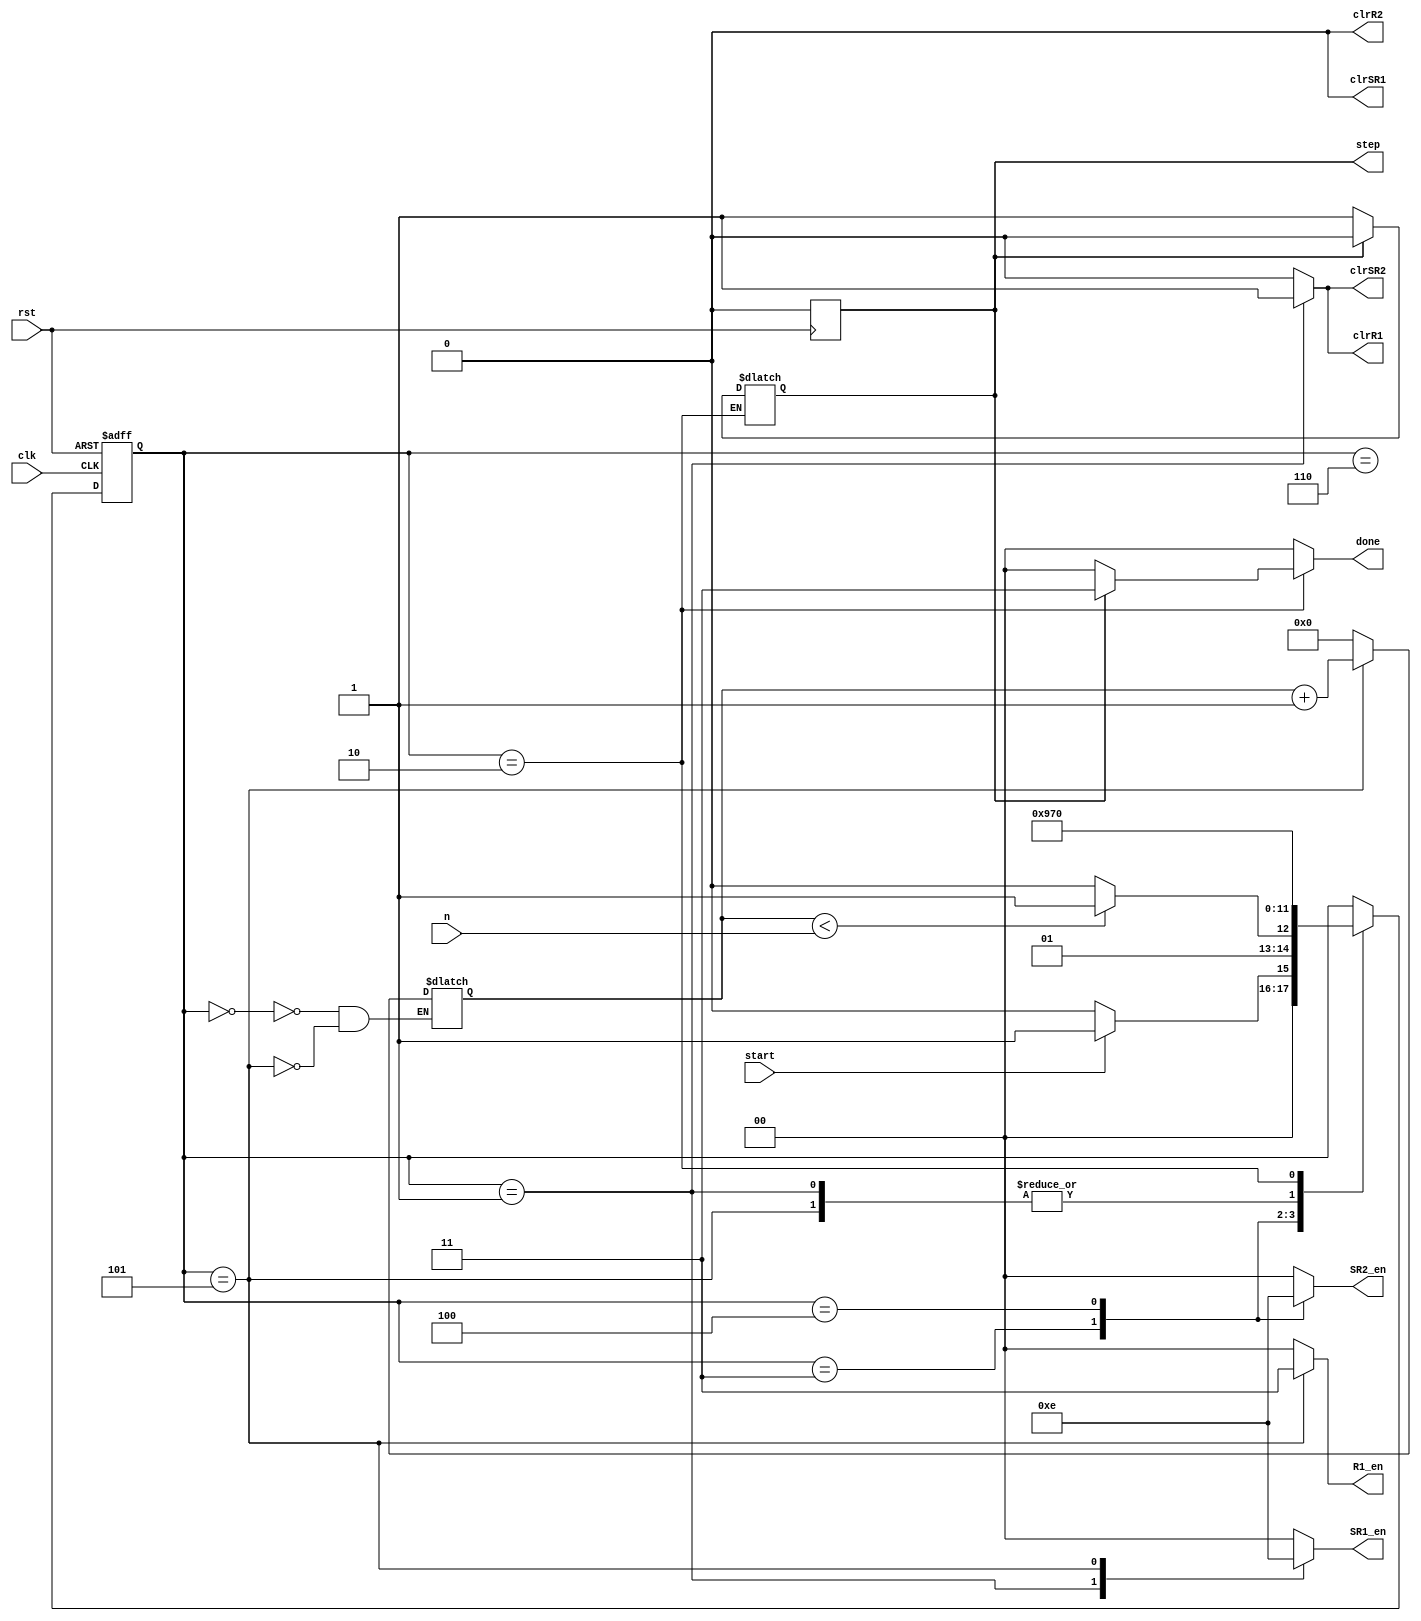

module mr2mmm_CON
#(parameter M = 8)
(
  input wire start,
  input wire clk, rst,
  output reg [1:0] R1_en,
  output reg [1:0] done,
  output reg [1:0] SR1_en,
  output reg [1:0] SR2_en,
  output reg clrR1, clrR2, clrSR1, clrSR2,
  output reg step,
  input wire [M-1:0] n
);
//params
localparam INITIAL = 3'b000, START = 3'b001, DONE = 3'b010, S0 = 3'b011, S1 = 3'b100, S2 = 3'b101, CHECK = 3'b110;
localparam DO_NOTHING = 2'b00, SHIFT_LEFT = 2'b01, SHIFT_RIGHT = 2'b10, PARALLEL_LOAD = 2'b11;
//signals
reg [2:0] r_state;
reg [2:0] r_next;
reg [M-1:0] counter;
//register
always @ (posedge clk or posedge rst)
begin
  if(rst)
    r_state <= INITIAL;
  else 
    r_state <= r_next;
end

always @(posedge rst)
    begin
        step = 0;
    end

//OP and NS logic
always @(*)
  begin
    R1_en = 2'b00;
    done = 2'b00;
    SR1_en = 2'b00;
    SR2_en = 2'b00;
    clrR1 = 0;
    clrSR2 = 0;
    clrSR1 = 0;
    clrR2 = 0;
    r_next = r_state;
    case (r_state)
      INITIAL :
      begin
      //#1;
        counter = 0;
        if (start)
          r_next = START;
        else 
          r_next = INITIAL;
      end

      START :
      begin
      //#1;
        clrR2 = 0;
        SR1_en = 2'b11;
        clrSR2 = 1;
        clrR1 = 1;
        r_next = CHECK;
      end

      CHECK :
      begin
      //#1;
        if(counter<n)
            r_next = S0;
        else 
            r_next = DONE;
      end

      S0 :
      begin
      //#1;
        SR2_en = PARALLEL_LOAD;
        r_next = S1;
      end

      S1 :
      begin
      //#1;
        r_next = S2;
        SR2_en = SHIFT_RIGHT;
      end

      S2 :
      begin
      //#1;
        R1_en = PARALLEL_LOAD;
        SR1_en = SHIFT_RIGHT;
        counter = counter + 1;
        r_next = CHECK;
      end

      DONE :
      begin
      //#1;
        if(step==0)
            begin
                r_next = INITIAL;
                step = 1; 
            end
        else
            begin
                step = 0;
                r_next = INITIAL;
                done = PARALLEL_LOAD; 
            end
      end
    endcase
  end
endmodule